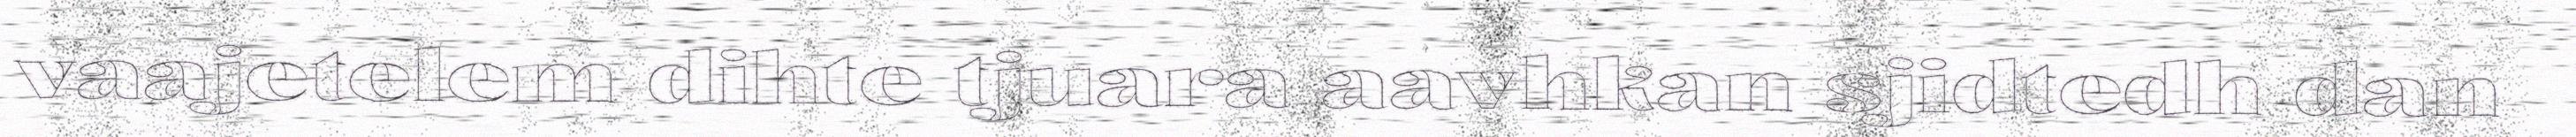
vaajetelem dihte tjuara aavhkan sjidtedh dan